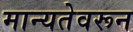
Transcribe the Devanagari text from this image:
मान्यतेवरून